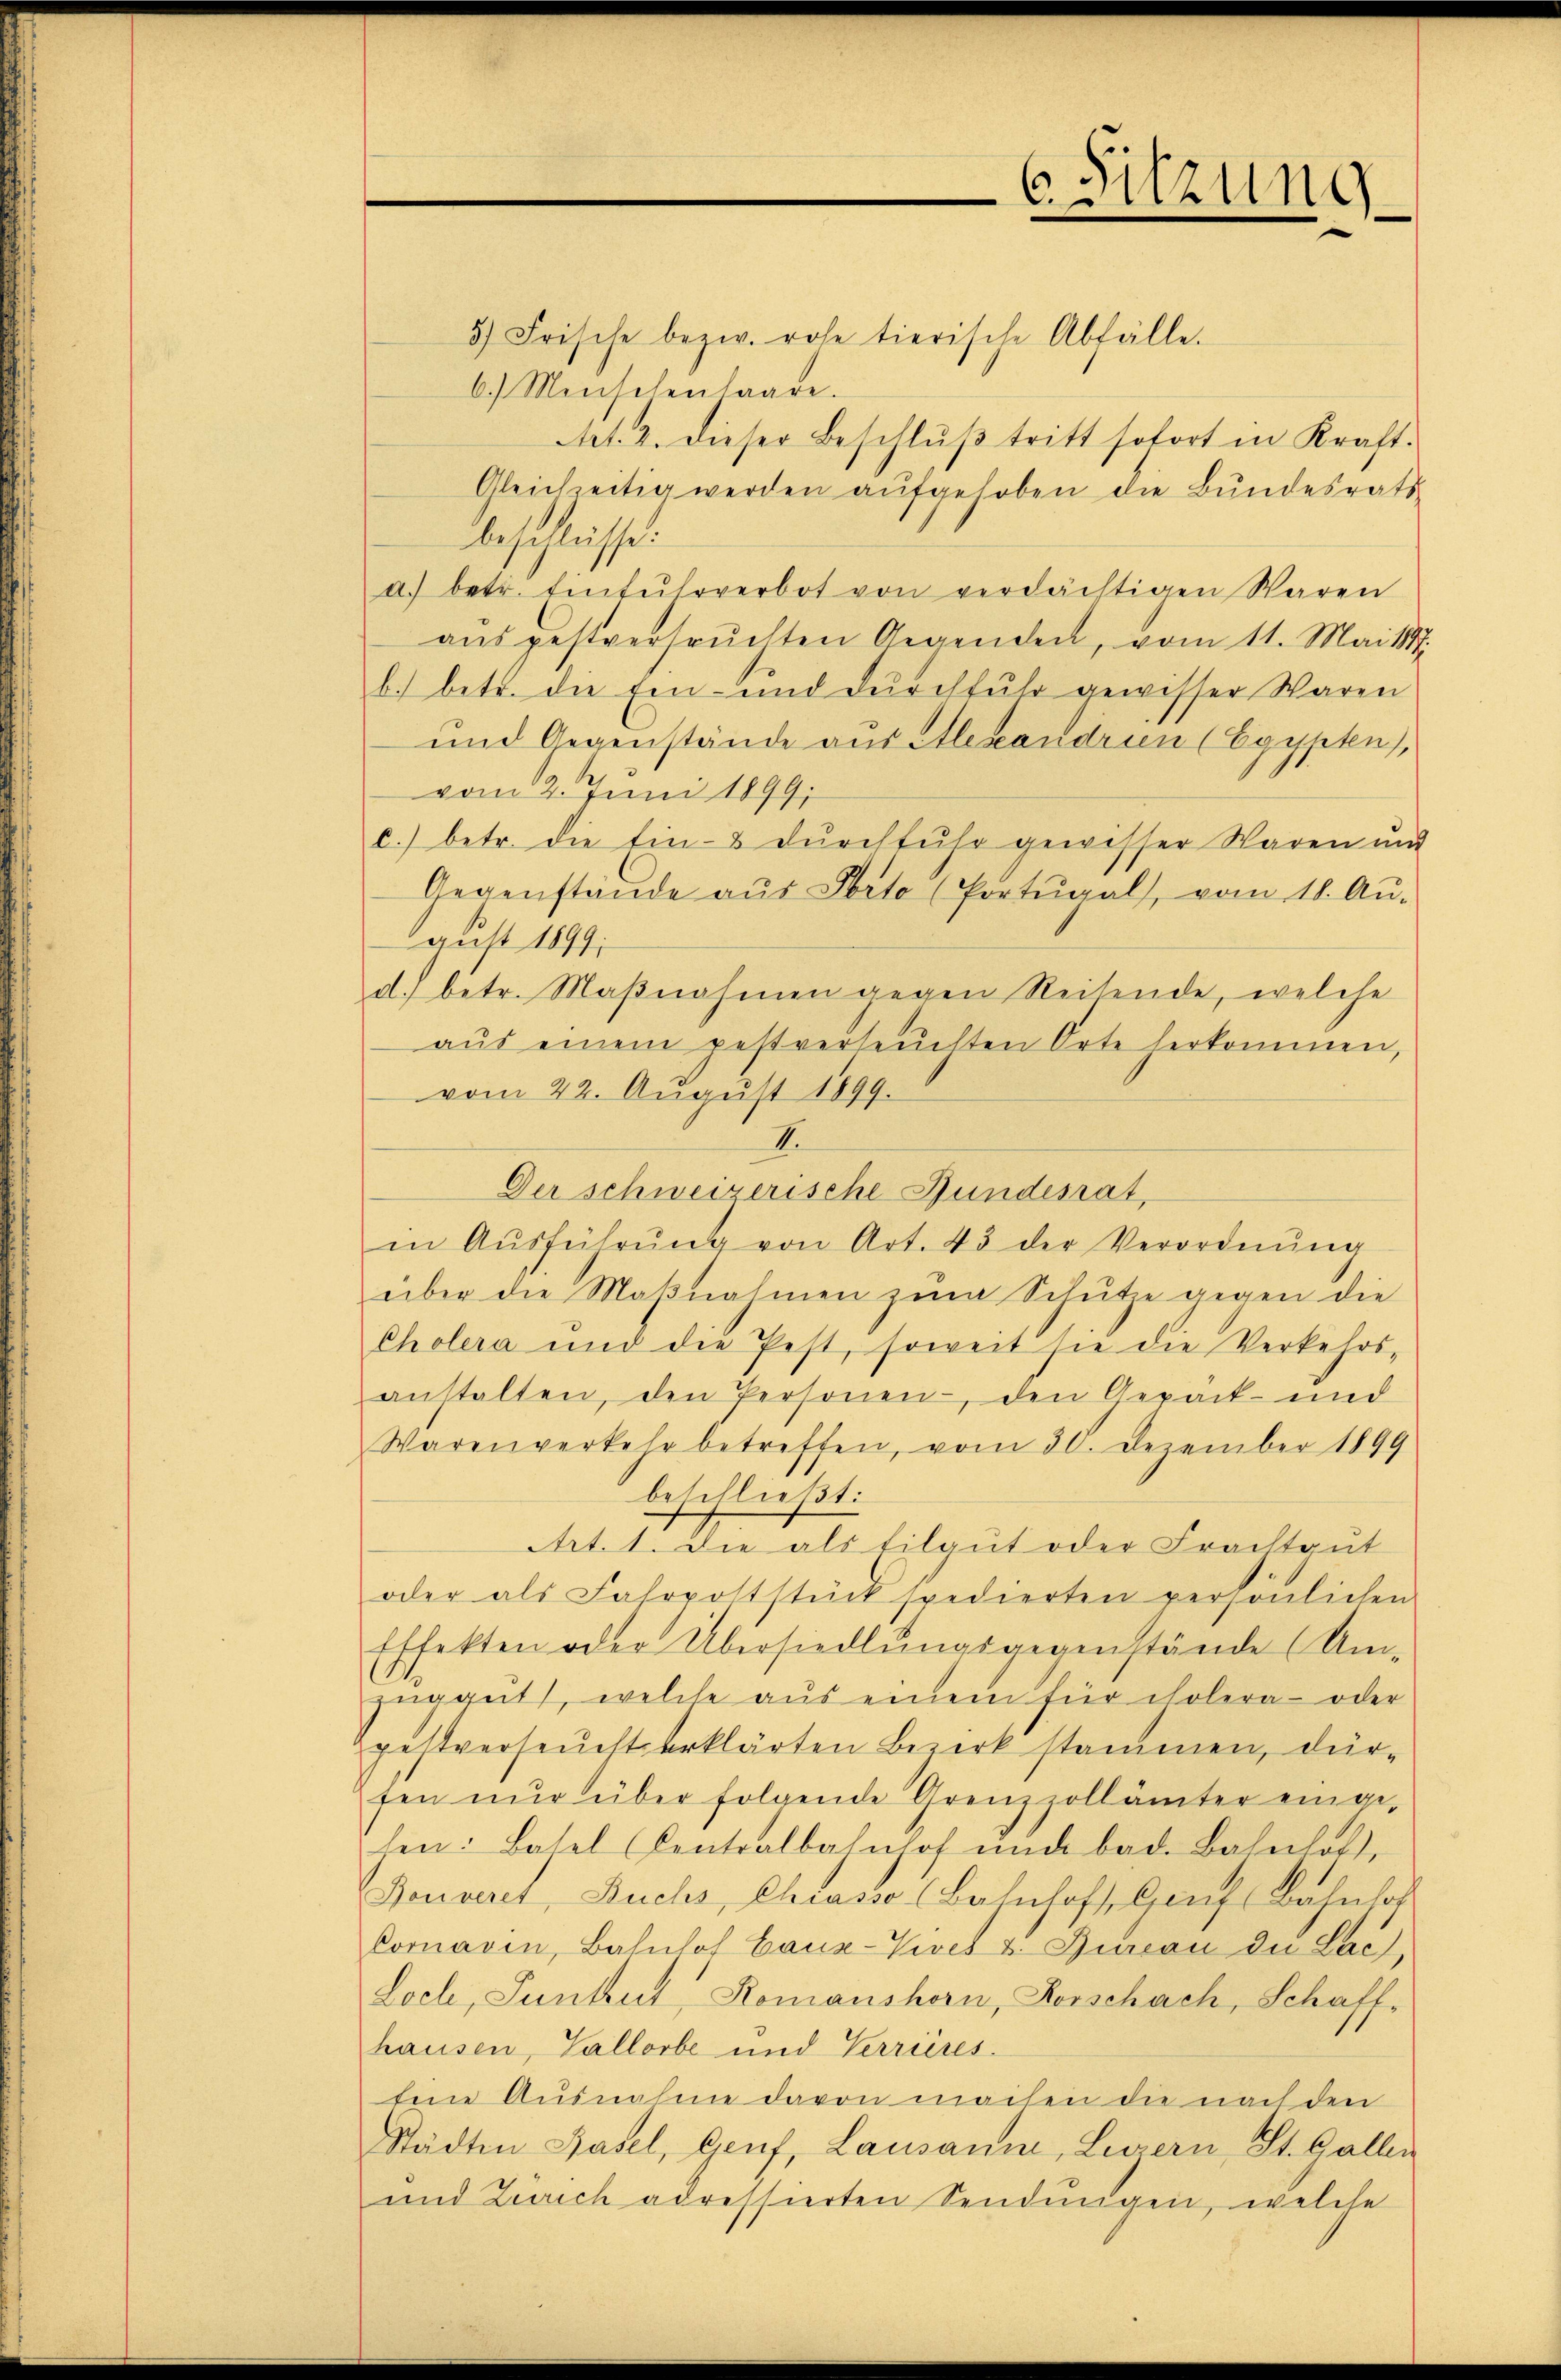
6. Sitzung

5) Frische bezw. rohe tierische Abfälle.
6.) Menschenlaage.
Art. 2. dieser Beschlŭβ tritt sofort in Kraft.
Gleichzeitig werden aufgehoben die Bundesrats
beschlüsse.
a. betr. Einfuhrverbot von verdächtigen Waren
aŭsgestversuchten Gegenden, vom 11. Mai 1888.
b.) betr. die Ein- und Dŭrchfuhr gewisser Waren
und Gegenstände aus Alexandrien (Egypten),
vom 2. Juni 1899;
c.) betr. die Ein- & durchfuhr gewisser Waren und
Gegenstände aŭs Porto (Portŭgal, vom 18. Aŭ-
gust 1899.
d.) betr. Maβnahmen gegen Reisende, welche
aŭs einem pestverseŭchten Orte herkommen,
vom 22. August 1899.
II.
Der schweizerische Gundesrat,
in Aŭsführŭng von Art. 43 der Verordnŭng
über die Maβnahmen zŭm Schŭtze gegen die
Cholera und die Pest, soweit sie die Verkehrs-
anstalten, den Personen, den Gepäck- und
Warenverkehr betreffen, vom 30. Dezember 1899
beschließt:
Art. 1. Die als tilgut oder Frachtgut
oder als Fahrpoststück spedierten persönlichen
Effekten oder Übersiedlŭngsgegenstände (Um-
züggut), welche aŭs einem für cholera- oder
pestverseucht erklärten Bezirk stammen, dür-
fen nŭr über folgende Grenzzollämter einge-
hen: Basel Centralbahnhof und bad. Bahnhof,
Gouveret, Buchs, Chiasso (Bahnhof, Genf Bahnlos
Cornaven, Bahnhof Cauz-Vives u. Bureau die Lach,
Loch, Suntut, Romanshorn, Vorschach, Schaff-
hausen, Vallorbe und Verrieres.
Eine Ausnahme davon machen die nach den
Städten Basel, Genf, Lausann, Levern St. Gallen
und Zürich adressierten Sendungen, welche